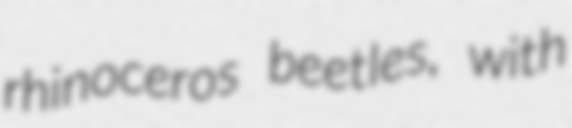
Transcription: rhinoceros beetles, with